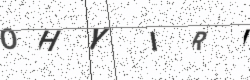
Text: OHYIRI